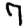
Digit: 7